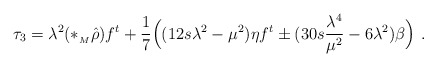
\begin{align*} \tau_3=\lambda^2(*_{{}_M}\hat{\rho})f^t+\frac{1}{7}\Bigl((12s\lambda^2-\mu^2)\eta f^t \pm (30s\frac{\lambda^4}{\mu^2}-6\lambda^2)\beta\Bigr) \ . \end{align*}